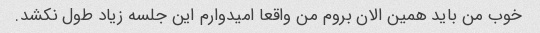
خوب من باید همین الان بروم من واقعا امیدوارم این جلسه زیاد طول نکشد.